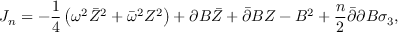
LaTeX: J _ { n } = - \frac 1 4 \left( \omega ^ { 2 } \bar { Z } ^ { 2 } + \bar { \omega } ^ { 2 } Z ^ { 2 } \right) + \partial B \bar { Z } + \bar { \partial } B Z - B ^ { 2 } + \frac n 2 \bar { \partial } \partial B \sigma _ { 3 } ,